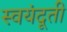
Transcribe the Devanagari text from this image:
स्वयंदूती